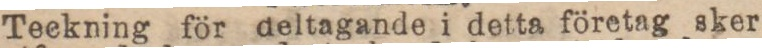
Teckning för deltagande i detta företag sker